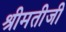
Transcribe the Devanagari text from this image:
श्रीमतीजी